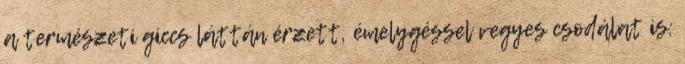
a természeti giccs láttán érzett, émelygéssel vegyes csodálat is: